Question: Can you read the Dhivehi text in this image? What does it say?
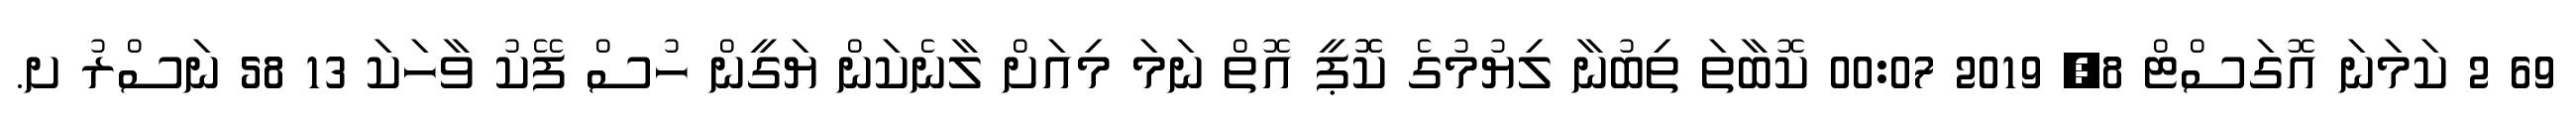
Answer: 69 2 ކަމަނަ އޮގަސްޓް 8, 2019 00:07 ކޮބާތަ ތިބުނާ ލިޔުމުގެ ކޮޮޕީ އޮތް ނަމަ މިއަށް ލާނެކަން ޔަގީން ހުސް ފޭކު ވާހަކަ 13 58 ނަސްރު ށ.